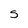
Character: S